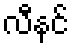
လီနင်